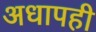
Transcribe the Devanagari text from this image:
अधापही